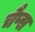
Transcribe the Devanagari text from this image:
चैप्स